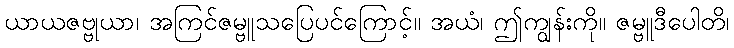
ယာယဇဗ္ဗုယာ၊ အကြင်ဇမ္ဗူသပြေပင်ကြောင့်။ အယံ၊ ဤကျွန်းကို။ ဇမ္ဗူဒီပေါတိ၊